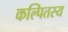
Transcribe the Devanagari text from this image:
कल्पितस्य